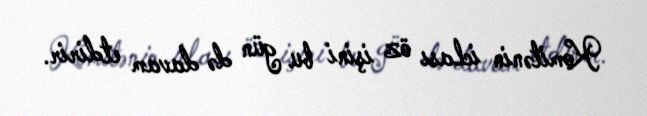
Komitənin iclası öz işini bu gün də davam etdirir.